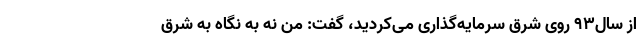
از سال۹۳ روی شرق سرمایه‌گذاری می‌کردید، گفت: من نه به نگاه به شرق